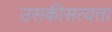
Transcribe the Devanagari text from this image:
उसकीसत्यता